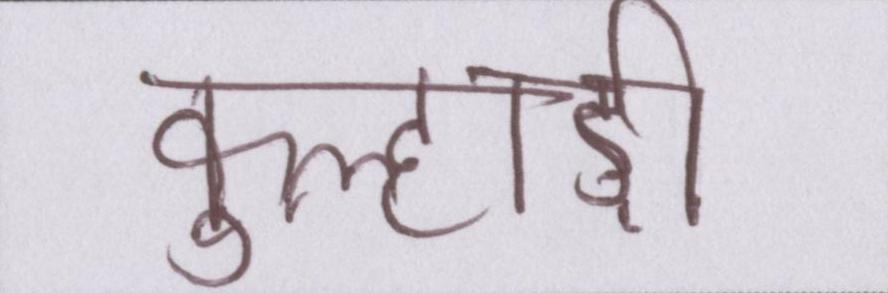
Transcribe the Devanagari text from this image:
कुल्हाड़ी